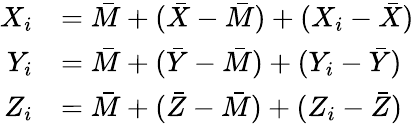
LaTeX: {\begin{array}{rl}{X_{i}}&{={\bar{M}}+({\bar{X}}-{\bar{M}})+(X_{i}-{\bar{X}})}\\ {Y_{i}}&{={\bar{M}}+({\bar{Y}}-{\bar{M}})+(Y_{i}-{\bar{Y}})}\\ {Z_{i}}&{={\bar{M}}+({\bar{Z}}-{\bar{M}})+(Z_{i}-{\bar{Z}})}\end{array}}